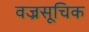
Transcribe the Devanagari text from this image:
वज्रसूचिक